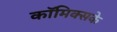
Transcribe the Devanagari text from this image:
कॉमिक्सके